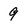
Character: 9